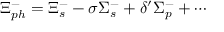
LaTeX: \Xi _ { p h } ^ { - } = \Xi _ { s } ^ { - } - \sigma \Sigma _ { s } ^ { - } + \delta ^ { \prime } \Sigma _ { p } ^ { - } + \cdots